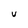
Character: U